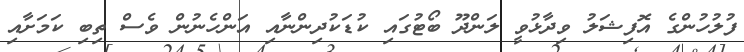
ފުލުހުންގެ އޮފިޝަލު ވިދާޅުވީ ލަންދޫ ބޯޓުގައި ކުޑަކުދިންނާއި އަންހެނުން ވެސް ތިބި ކަމަށާއި